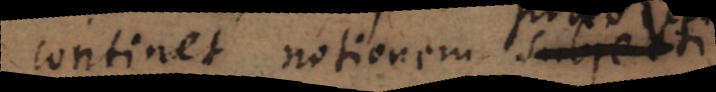
continet notionem praedicati